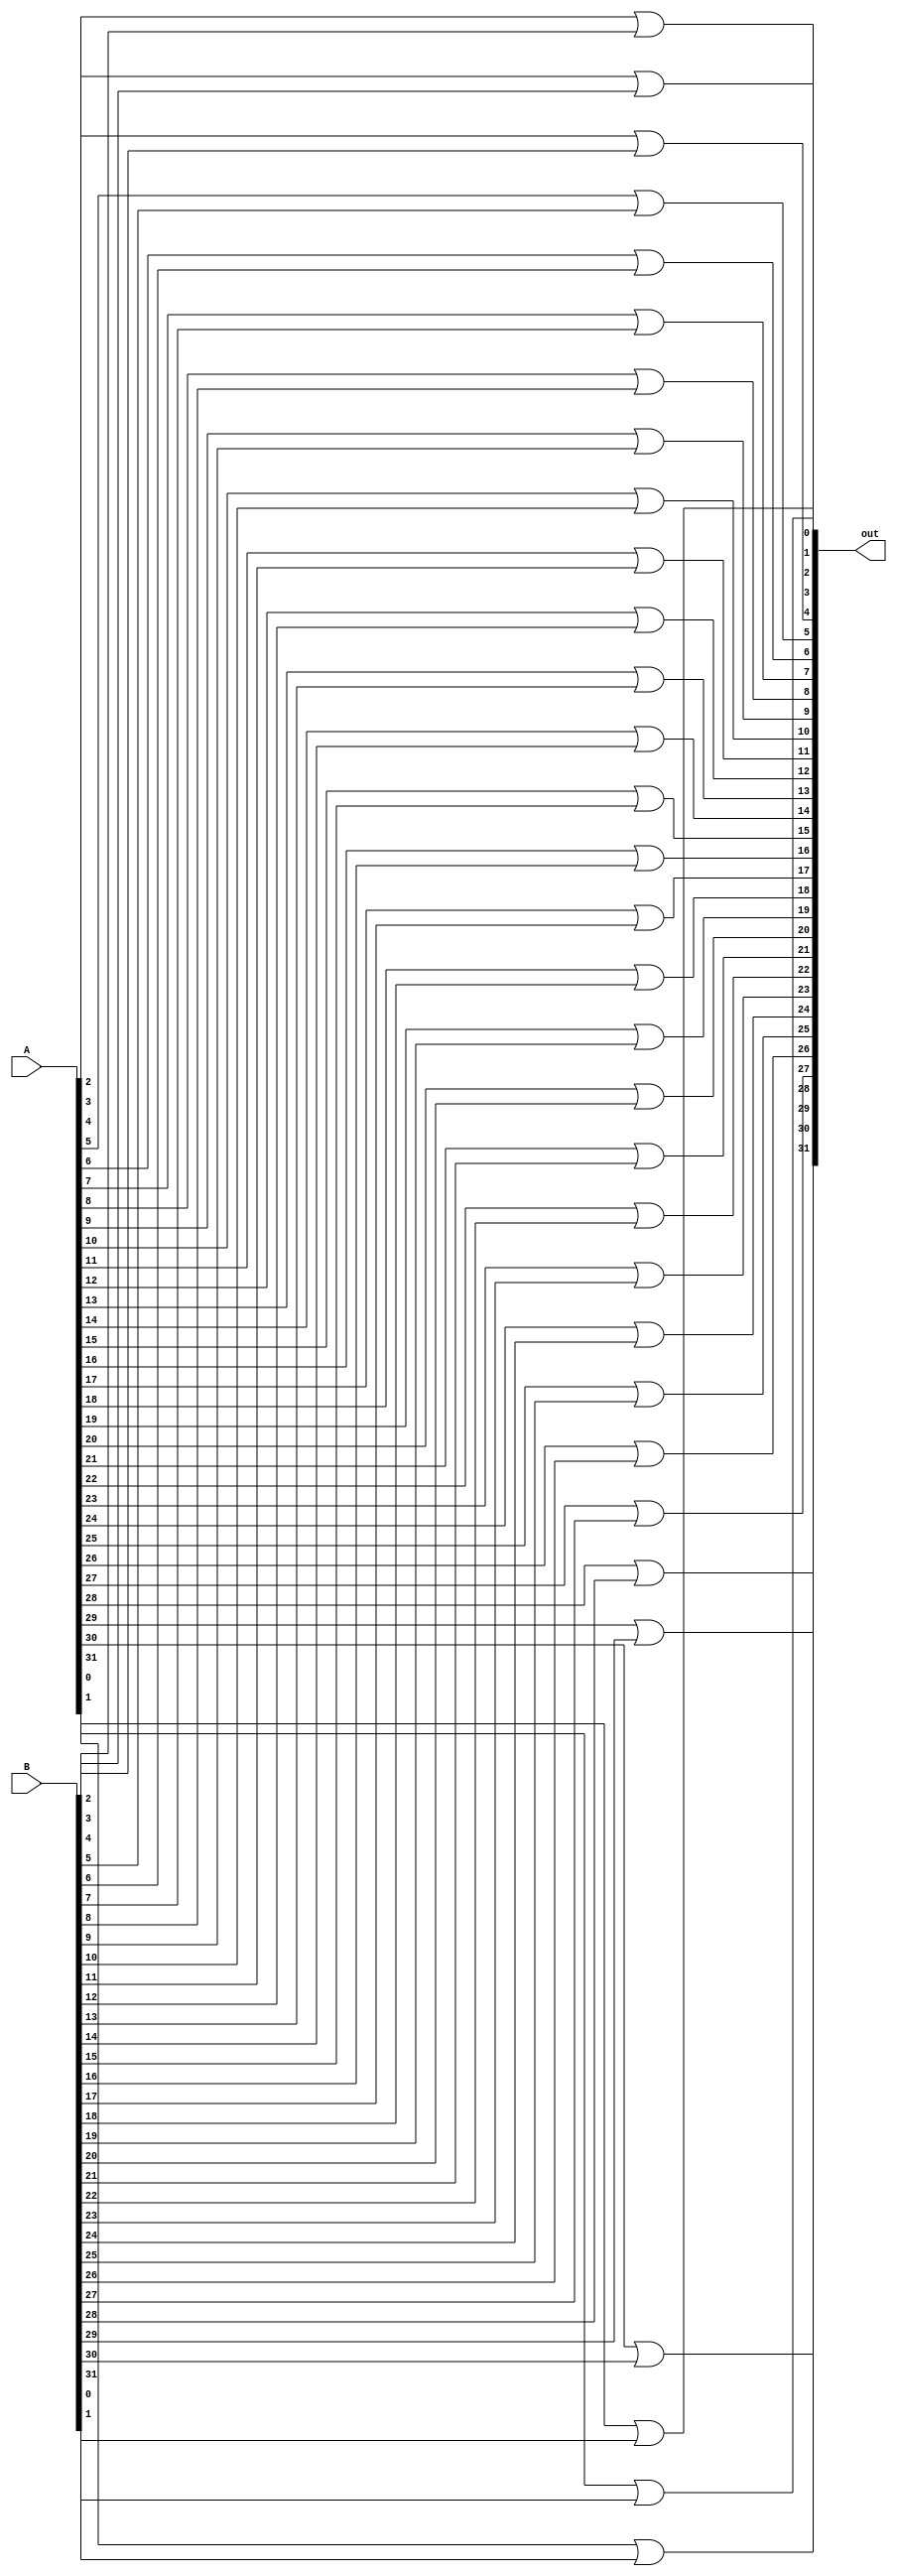

module alu_or(A, B, out);
    input [31:0] A;
    input [31:0] B;

    output [31:0] out;

    or or_out0(out[0], A[0], B[0]);
    or or_out1(out[1], A[1], B[1]);
    or or_out2(out[2], A[2], B[2]);
    or or_out3(out[3], A[3], B[3]);
    or or_out4(out[4], A[4], B[4]);
    or or_out5(out[5], A[5], B[5]);
    or or_out6(out[6], A[6], B[6]);
    or or_out7(out[7], A[7], B[7]);
    or or_out8(out[8], A[8], B[8]);
    or or_out9(out[9], A[9], B[9]);
    or or_out10(out[10], A[10], B[10]);
    or or_out11(out[11], A[11], B[11]);
    or or_out12(out[12], A[12], B[12]);
    or or_out13(out[13], A[13], B[13]);
    or or_out14(out[14], A[14], B[14]);
    or or_out15(out[15], A[15], B[15]);
    or or_out16(out[16], A[16], B[16]);
    or or_out17(out[17], A[17], B[17]);
    or or_out18(out[18], A[18], B[18]);
    or or_out19(out[19], A[19], B[19]);
    or or_out20(out[20], A[20], B[20]);
    or or_out21(out[21], A[21], B[21]);
    or or_out22(out[22], A[22], B[22]);
    or or_out23(out[23], A[23], B[23]);
    or or_out24(out[24], A[24], B[24]);
    or or_out25(out[25], A[25], B[25]);
    or or_out26(out[26], A[26], B[26]);
    or or_out27(out[27], A[27], B[27]);
    or or_out28(out[28], A[28], B[28]);
    or or_out29(out[29], A[29], B[29]);
    or or_out30(out[30], A[30], B[30]);
    or or_out31(out[31], A[31], B[31]);
endmodule